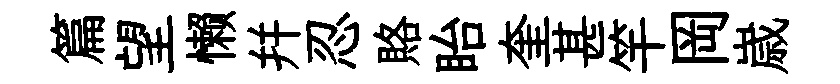
篇望懒幷忍賂眙奎甚竿岡𡻕